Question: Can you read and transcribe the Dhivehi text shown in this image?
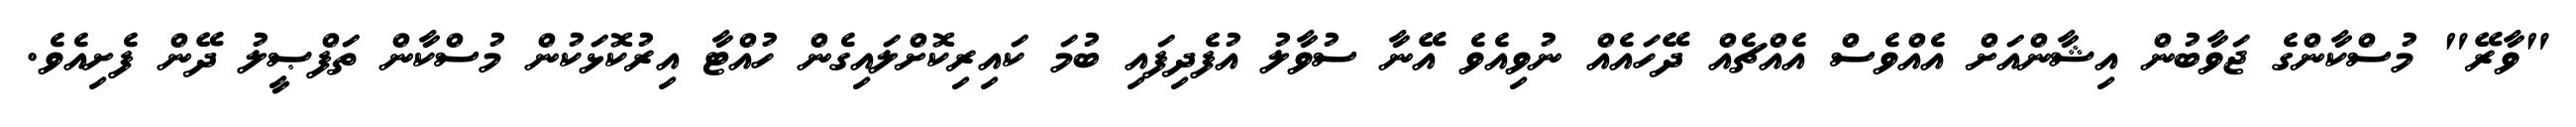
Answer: "ވާރޭ" މުސްކާންގެ ޖަވާބުން އިޝާންއަށް އެއްވެސް އެއްޗެއް ދޭހައެއް ނުވިއެވެ އޭނާ ސުވާލު އުފެދިފައި ބުމަ ކައިރިކޮށްލައިގެން ހުއްޓާ އިރުކޮޅަކުން މުސްކާން ތަފްޞީލު ދޭން ފެށިއެވެ.